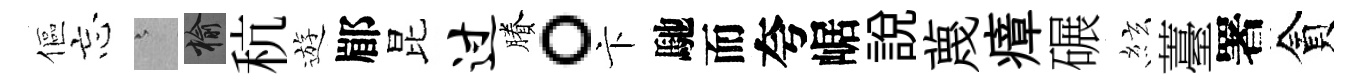
傴忘澹榆秔遊郿昆过賸。卞馳而夸崌說蔑瘴碾絃薹署貪